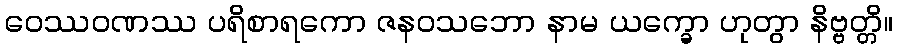
ဝေဿဝဏဿ ပရိစာရကော ဇနဝသဘော နာမ ယက္ခော ဟုတွာ နိဗ္ဗတ္တိ။